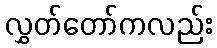
လွှတ်တော်ကလည်း